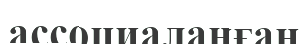
ассоциаланған